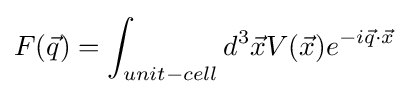
F({\vec {q}})=\int _{unit-cell}d^{3}{\vec {x}}V({\vec {x}})e^{-i{\vec {q}}\cdot {\vec {x}}}